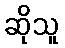
ဆိုသူ